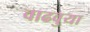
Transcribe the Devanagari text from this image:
वाढवुया